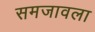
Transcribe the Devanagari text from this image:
समजावला